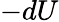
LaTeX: -dU